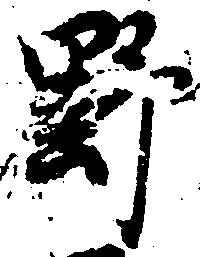
野